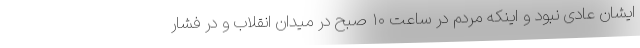
ایشان عادی نبود و اینکه مردم در ساعت ۱۰ صبح در میدان انقلاب و در فشار